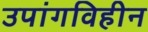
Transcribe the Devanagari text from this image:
उपांगविहीन